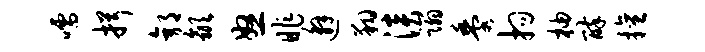
嚅揖郭歙怒昨邂翔淡蹋黍拘柚醉擅